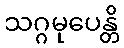
သဂ္ဂမုပေန္တိ